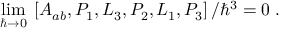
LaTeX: \operatorname * { l i m } _ { \hbar \rightarrow 0 } \; \left[ A _ { a b } , P _ { 1 } , L _ { 3 } , P _ { 2 } , L _ { 1 } , P _ { 3 } \right] / \hbar ^ { 3 } = 0 \; .